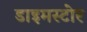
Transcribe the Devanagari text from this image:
डाइमस्टोर